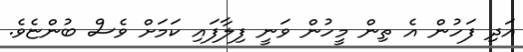
އަދި ފަހުން އެ ތިން މީހުން ވަނީ ފިލާފައި ކަމަށް ވެސް ބުންޏެވެ.